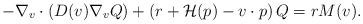
LaTeX: \begin{align*} - \nabla_v \cdot \left( D(v) \nabla_v Q \right) + \left( r + \mathcal{H}(p) - v \cdot p\right) Q = r M(v).\end{align*}